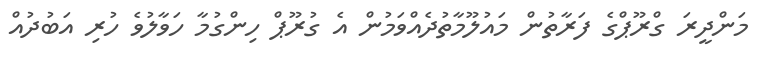
މަންދީރަ ގްރޫޕްގެ ފަރާތުން މައުލޫމާތުދެއްވަމުން އެ ގުރޫޕް ހިންގުމާ ހަވާލުވެ ހުރި އަބުދުއް